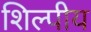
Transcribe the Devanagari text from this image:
शिल्पीय